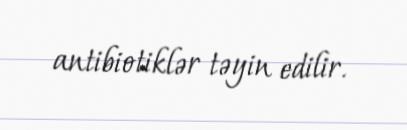
antibiotiklər təyin edilir.